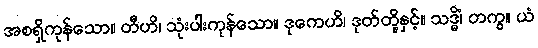
အစရှိကုန်သော။ တီဟိ၊ သုံးပါးကုန်သော။ ဒုကေဟိ၊ ဒုတ်တို့နှင့်။ သဒ္ဓိံ၊ တကွ။ ယံ